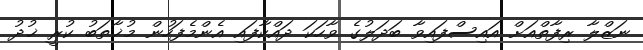
ނަޒްލާ ރިފާތްއަށް އައިސްފައިވާ ބަދަލުގެ ވާހަކަ ދައްކާފައި އެންމެފަހުން މުޚާތަބު ކުރީ ޚުދު